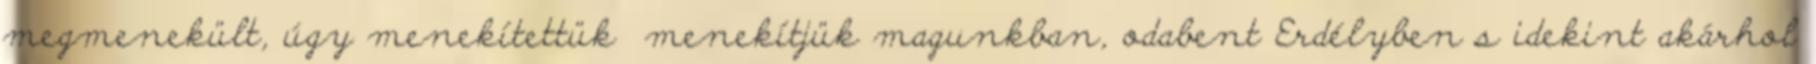
megmenekült, úgy menekítettük menekítjük magunkban, odabent Erdélyben s idekint akárhol